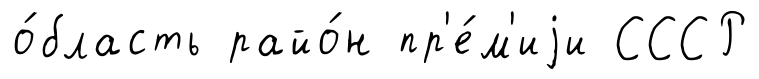
о́бласть райо́н пр'е́м'иjи СССР